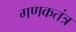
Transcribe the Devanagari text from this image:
गणकतंत्र